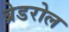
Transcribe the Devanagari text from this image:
ब्रेडरोल